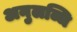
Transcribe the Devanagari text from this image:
अनुलब्धि